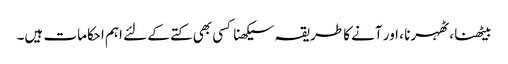
بیٹھنا ، ٹھہرنا ، اور آنے کا طریقہ سیکھنا کسی بھی کتے کے لئے اہم احکامات ہیں۔